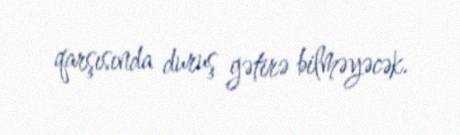
qarşısında duruş gətirə bilməyəcək.